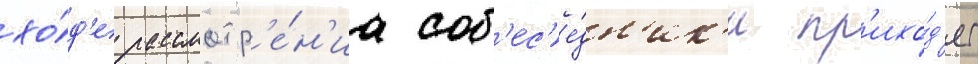
хо́д'е рассмотр'е́н'иа соб'ес'е́дн'ик'и пр'ихо́д'ят